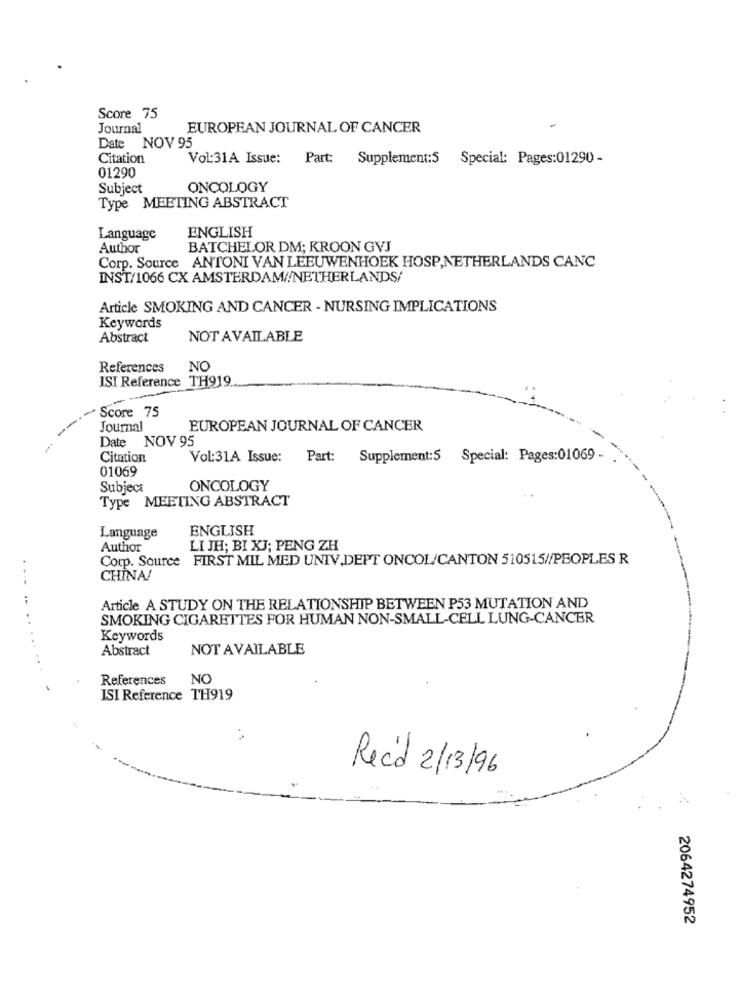
Score 75
Journal
EUROPEAN JOURNAL OF CANCER
Date NOV 95
Citation
Vol:31A Issue: Part: Supplement:5 Special: Pages:01290 -
01290
Subject
ONCOLOGY
Type MEETING ABSTRACT
ENGLISH
Language
Author
BATCHELOR DM; KROON GVJ
Corp. Source ANTONI VAN LEEUWENHOEK HOSP,NETHERLANDS CANC
INST/1066 CX AMSTERDAM//NETHERLANDS/
Article SMOKING AND CANCER - NURSING IMPLICATIONS
Keywords
Abstract
NOT AVAILABLE
References
NO
ISI Reference TH919
----
Score 75
-
Journal
EUROPEAN JOURNAL OF CANCER
Date NOV 95
Citation
Vol:31A Issue: Part: Supplement:5 Special: Pages:01069-
01069
Subject
ONCOLOGY
Type MEETING ABSTRACT
ENGLISH
Language
Author
LI JH; BI XJ; PENG ZH
Corp. Source FIRST MIL MED UNIV.DEPT ONCOL/CANTON 510515//PEOPLES R
CHINA!
..
Article A STUDY ON THE RELATIONSHIP BETWEEN P53 MUTATION AND
SMOKING CIGARETTES FOR HUMAN NON-SMALL-CELL LUNG-CANCER
Keywords
Abstract
NOT AVAILABLE
References
NC
ISI Reference TH919
Recô 2/13/96
2064274952